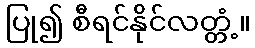
ပြု၍ စီရင်နိုင်လတ္တံ့။